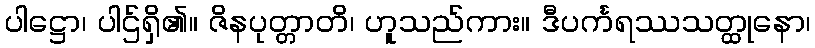
ပါဋ္ဌော၊ ပါဌ်ရှိ၏။ ဇိနပုတ္တာတိ၊ ဟူသည်ကား။ ဒီပင်္ကရဿသတ္ထုနော၊